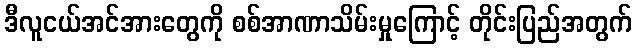
ဒီလူငယ်အင်အားတွေကို စစ်အာဏာသိမ်းမှုကြောင့် တိုင်းပြည်အတွက်